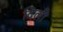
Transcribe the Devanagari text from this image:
दिलीे